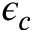
\epsilon _ { c }